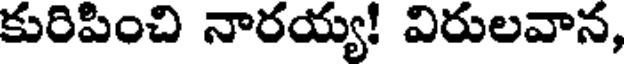
కురిపించి నారయ్య! విరులవాన,